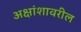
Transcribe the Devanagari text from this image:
अक्षांशावरील